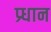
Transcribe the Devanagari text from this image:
प्र्धान